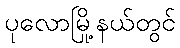
ပုလောမြို့နယ်တွင်